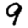
Digit: 9